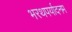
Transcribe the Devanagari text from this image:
भरथपर्यादनम